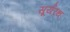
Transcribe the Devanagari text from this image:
सूर्यरथ